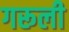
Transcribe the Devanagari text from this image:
गरूली